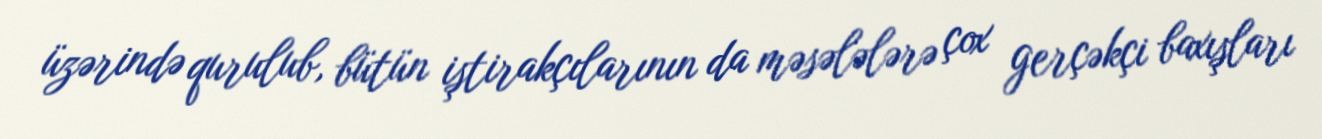
üzərində qurulub, bütün iştirakçılarının da məsələlərə çox gerçəkçi baxışları